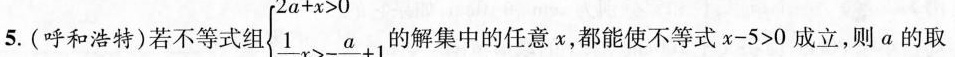
.(呼和浩特)若不等式组$$\left\{ \begin{matrix} 2a+x>0 \\ \frac{1}{2}x>- \frac{a}{4}+1 \\ \end{matrix} \right.$$ 解集中的任意x，都能使不等式x-5>0成立，则a的取